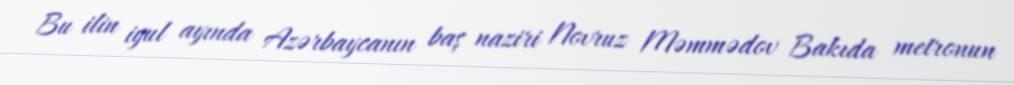
Bu ilin iyul ayında Azərbaycanın baş naziri Novruz Məmmədov Bakıda metronun